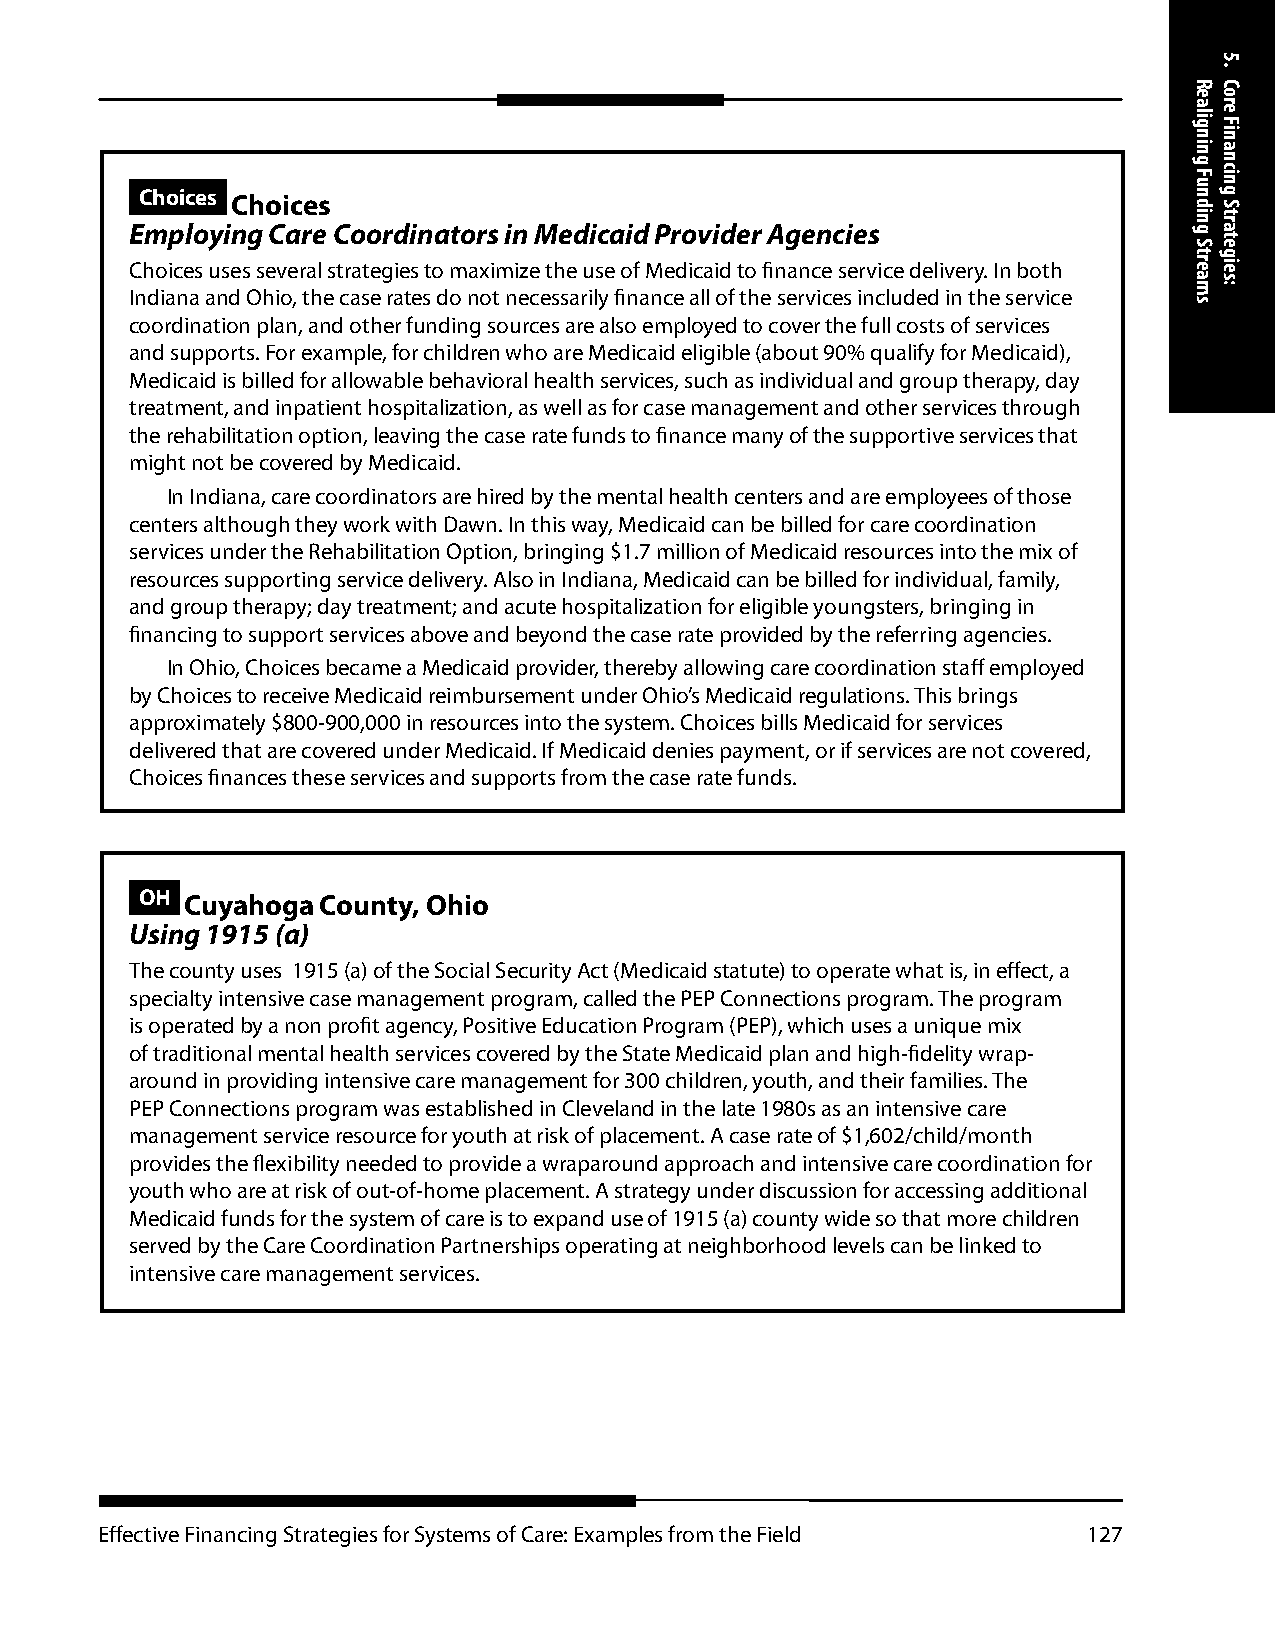
Choices Choices
 Employing Care Coordinators in Medicaid Provider Agencies
 Choices uses several strategies to maximize the use of Medicaid to finance service delivery. In both
 Indiana and Ohio, the case rates do not necessarily finance all of the services included in the service
 coordination plan, and other funding sources are also employed to cover the full costs of services
 and supports. For example, for children who are Medicaid eligible (about 90% qualify for Medicaid),
 Medicaid is billed for allowable behavioral health services, such as individual and group therapy, day
 treatment, and inpatient hospitalization, as well as for case management and other services through
 the rehabilitation option, leaving the case rate funds to finance many of the supportive services that
 might not be covered by Medicaid.
 In Indiana, care coordinators are hired by the mental health centers and are employees of those
 centers although they work with Dawn. In this way, Medicaid can be billed for care coordination
 services under the Rehabilitation Option, bringing $1.7 million of Medicaid resources into the mix of
 resources supporting service delivery. Also in Indiana, Medicaid can be billed for individual, family,
 and group therapy; day treatment; and acute hospitalization for eligible youngsters, bringing in
 financing to support services above and beyond the case rate provided by the referring agencies.
 In Ohio, Choices became a Medicaid provider, thereby allowing care coordination staff employed
 by Choices to receive Medicaid reimbursement under Ohio’s Medicaid regulations. This brings
 approximately $800-900,000 in resources into the system. Choices bills Medicaid for services
 delivered that are covered under Medicaid. If Medicaid denies payment, or if services are not covered,
 Choices finances these services and supports from the case rate funds.
 OH Cuyahoga County, Ohio
 Using 1915 (a)
 The county uses 1915 (a) of the Social Security Act (Medicaid statute) to operate what is, in effect, a
 specialty intensive case management program, called the PEP Connections program. The program
 is operated by a non profit agency, Positive Education Program (PEP), which uses a unique mix
 of traditional mental health services covered by the State Medicaid plan and high-fidelity wrap-
 around in providing intensive care management for 300 children, youth, and their families. The
 PEP Connections program was established in Cleveland in the late 1980s as an intensive care
 management service resource for youth at risk of placement. A case rate of $1,602/child/month
 provides the flexibility needed to provide a wraparound approach and intensive care coordination for
 youth who are at risk of out-of-home placement. A strategy under discussion for accessing additional
 Medicaid funds for the system of care is to expand use of 1915 (a) county wide so that more children
 served by the Care Coordination Partnerships operating at neighborhood levels can be linked to
 intensive care management services.
 Effective Financing Strategies for Systems of Care: Examples from the Field 127
 Realigning
 Funding
 Streams
 5.
 Core
 Financing
 Strategies: